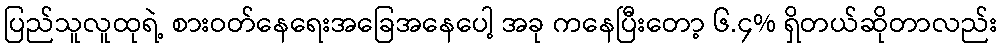
ပြည်သူလူထုရဲ့ စားဝတ်နေရေးအခြေအနေပေါ့ အခု ကနေပြီးတော့ ၆.၄% ရှိတယ်ဆိုတာလည်း